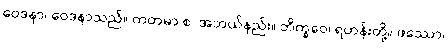
ဝေဒနာ၊ ဝေဒနာသည်။ ကတမာ စ၊ အဘယ်နည်း။ ဘိက္ခဝေ၊ ရဟန်းတို့။ ဖဿော၊